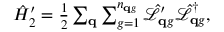
\begin{array} { r } { \hat { H } _ { 2 } ^ { \prime } = \frac { 1 } { 2 } \sum _ { \mathbf q } \sum _ { g = 1 } ^ { n _ { \mathbf q g } } \hat { \mathcal L } _ { \mathbf { q } g } ^ { \prime } \hat { \mathcal L } _ { \mathbf { q } g } ^ { \dagger } , } \end{array}